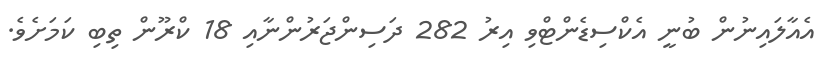
އެއާލައިނުން ބުނީ އެކްސިޑެންޓްވި އިރު 282 ދަސިންޖަރުންނާއި 18 ކްރޫން ތިބި ކަމަށެވެ.